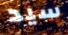
سيد